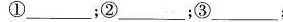
①___；②___；③___；